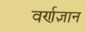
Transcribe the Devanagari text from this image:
वर्णज्ञान